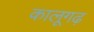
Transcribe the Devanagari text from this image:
कालूगढ़